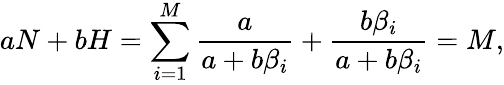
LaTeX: aN+bH=\sum_{i=1}^{M}\frac{a}{a+b\beta_{i}}+\frac{b\beta_{i}}{a+b\beta_{i}}=M,